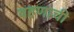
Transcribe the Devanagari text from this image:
वहणाची